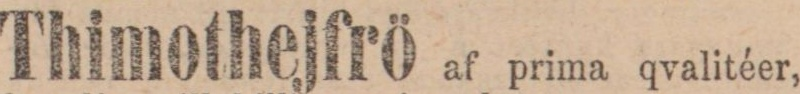
Thimothejfrö af prima qvalitéer,